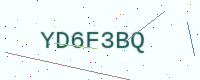
Text: YD6F3BQ